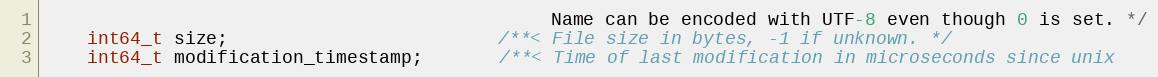
Language: C
                                               Name can be encoded with UTF-8 even though 0 is set. */
    int64_t size;                         /**< File size in bytes, -1 if unknown. */
    int64_t modification_timestamp;       /**< Time of last modification in microseconds since unix